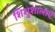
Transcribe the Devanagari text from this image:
शिशुशालाएँ